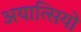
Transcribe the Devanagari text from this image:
अयात्सियो